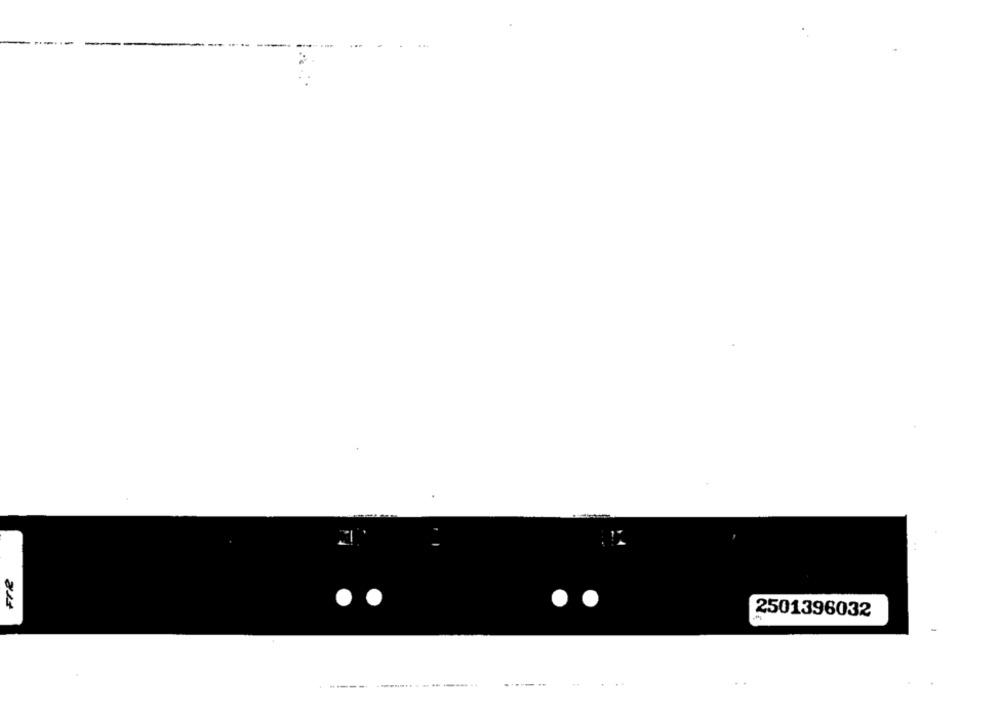
...
Fre
2501396032
..